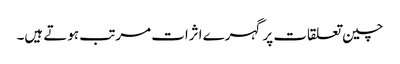
چین تعلقات پر گہرے اثرات مرتب ہوتے ہیں۔